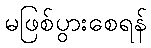
မဖြစ်ပွားစေရန်